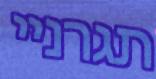
תגרניי